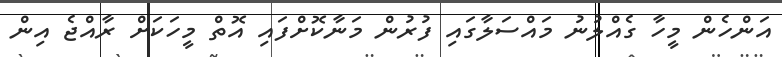
އަންހެން މީހާ ގެއްލުނު މައްސަލާގައި ފުރުން މަނާކޮށްފައި އޮތް މީހަކަށް ރާއްޖެ އިން